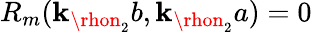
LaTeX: R_{m}(\mathbf{k}_{\rhon_{2}}b,\mathbf{k}_{\rhon_{2}}a)=0